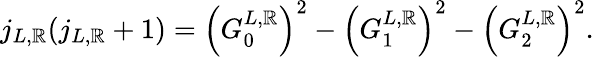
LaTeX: j_{L,\mathbb{R}}(j_{L,\mathbb{R}}+1)=\left(G_{0}^{L,\mathbb{R}}\right)^{2}-\left(G_{1}^{L,\mathbb{R}}\right)^{2}-\left(G_{2}^{L,\mathbb{R}}\right)^{2}.